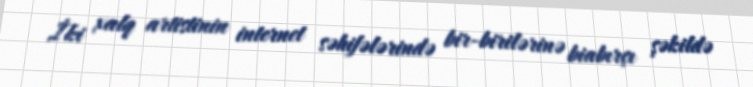
İki xalq artistinin internet səhifələrində bir-birilərinə biabırçı şəkildə